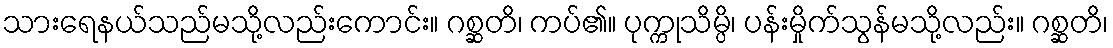
သားရေနယ်သည်မသို့လည်းကောင်း။ ဂစ္ဆတိ၊ ကပ်၏။ ပုက္ကုသိမ္ပိ၊ ပန်းမှိုက်သွန်မသို့လည်း။ ဂစ္ဆတိ၊